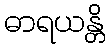
ဓာရယန္တိ